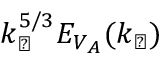
k _ { \perp } ^ { 5 / 3 } E _ { V _ { A } } ( k _ { \perp } )